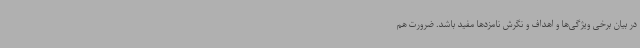
در بیان برخی ویژگی‌ها و اهداف و نگرش نامزدها مفید باشد. ضرورت هم‌